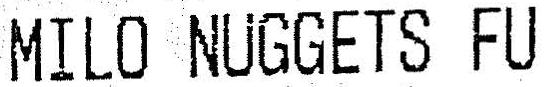
MILO NUGGETS FU